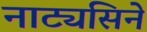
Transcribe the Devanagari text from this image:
नाट्यसिने